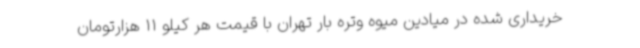
خریداری شده در میادین میوه وتره بار تهران با قیمت هر کیلو 11 هزارتومان